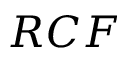
R C F